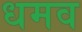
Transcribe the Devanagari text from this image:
धमव